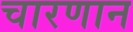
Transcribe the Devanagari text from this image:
चारणान